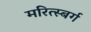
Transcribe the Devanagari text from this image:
मरित्स्बर्ग